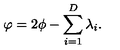
\varphi = 2 \phi - \sum _ { i = 1 } ^ { D } \lambda _ { i } .